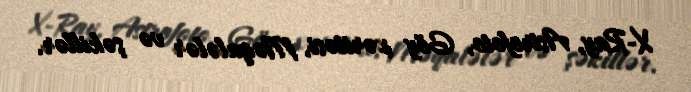
X-Ray, Astrofoto, Göy xəritəsi, Məqalələr və şəkillər.